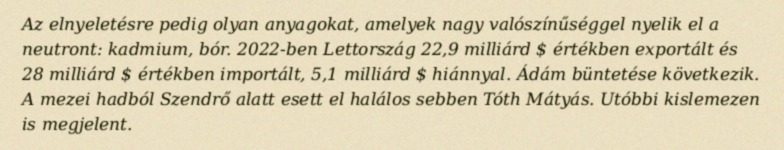
Az elnyeletésre pedig olyan anyagokat, amelyek nagy valószínűséggel nyelik el a neutront: kadmium, bór. 2022-ben Lettország 22,9 milliárd $ értékben exportált és 28 milliárd $ értékben importált, 5,1 milliárd $ hiánnyal. Ádám büntetése következik. A mezei hadból Szendrő alatt esett el halálos sebben Tóth Mátyás. Utóbbi kislemezen is megjelent.